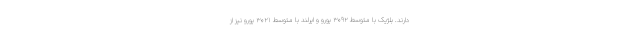
دارند. بلژیک با متوسط ۳۰۹۲ یورو و ایرلند با متوسط ۳۰۲۱ یورو نیز از